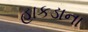
હાકડાના